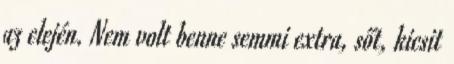
az elején. Nem volt benne semmi extra, sőt, kicsit